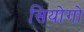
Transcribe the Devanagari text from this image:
सियोगो